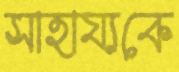
সাহায্যকে